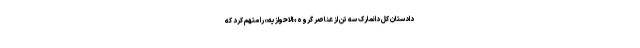
دادستان کل دانمارک سه تن از عناصر گروه «الاحوازیه» را متهم کرد که